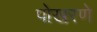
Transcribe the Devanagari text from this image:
पोखरणे